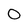
Character: O